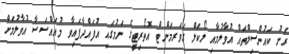
ރަށު ކައުންސިލްތައް އުވާލުމާއި ލޯކަލް ގަވަރމަންޓް އޮތޯރިޓީގެ ނަމުގައި އުފައްދާފައިވާ މުއައްސަސާ އުވާލުމަށް